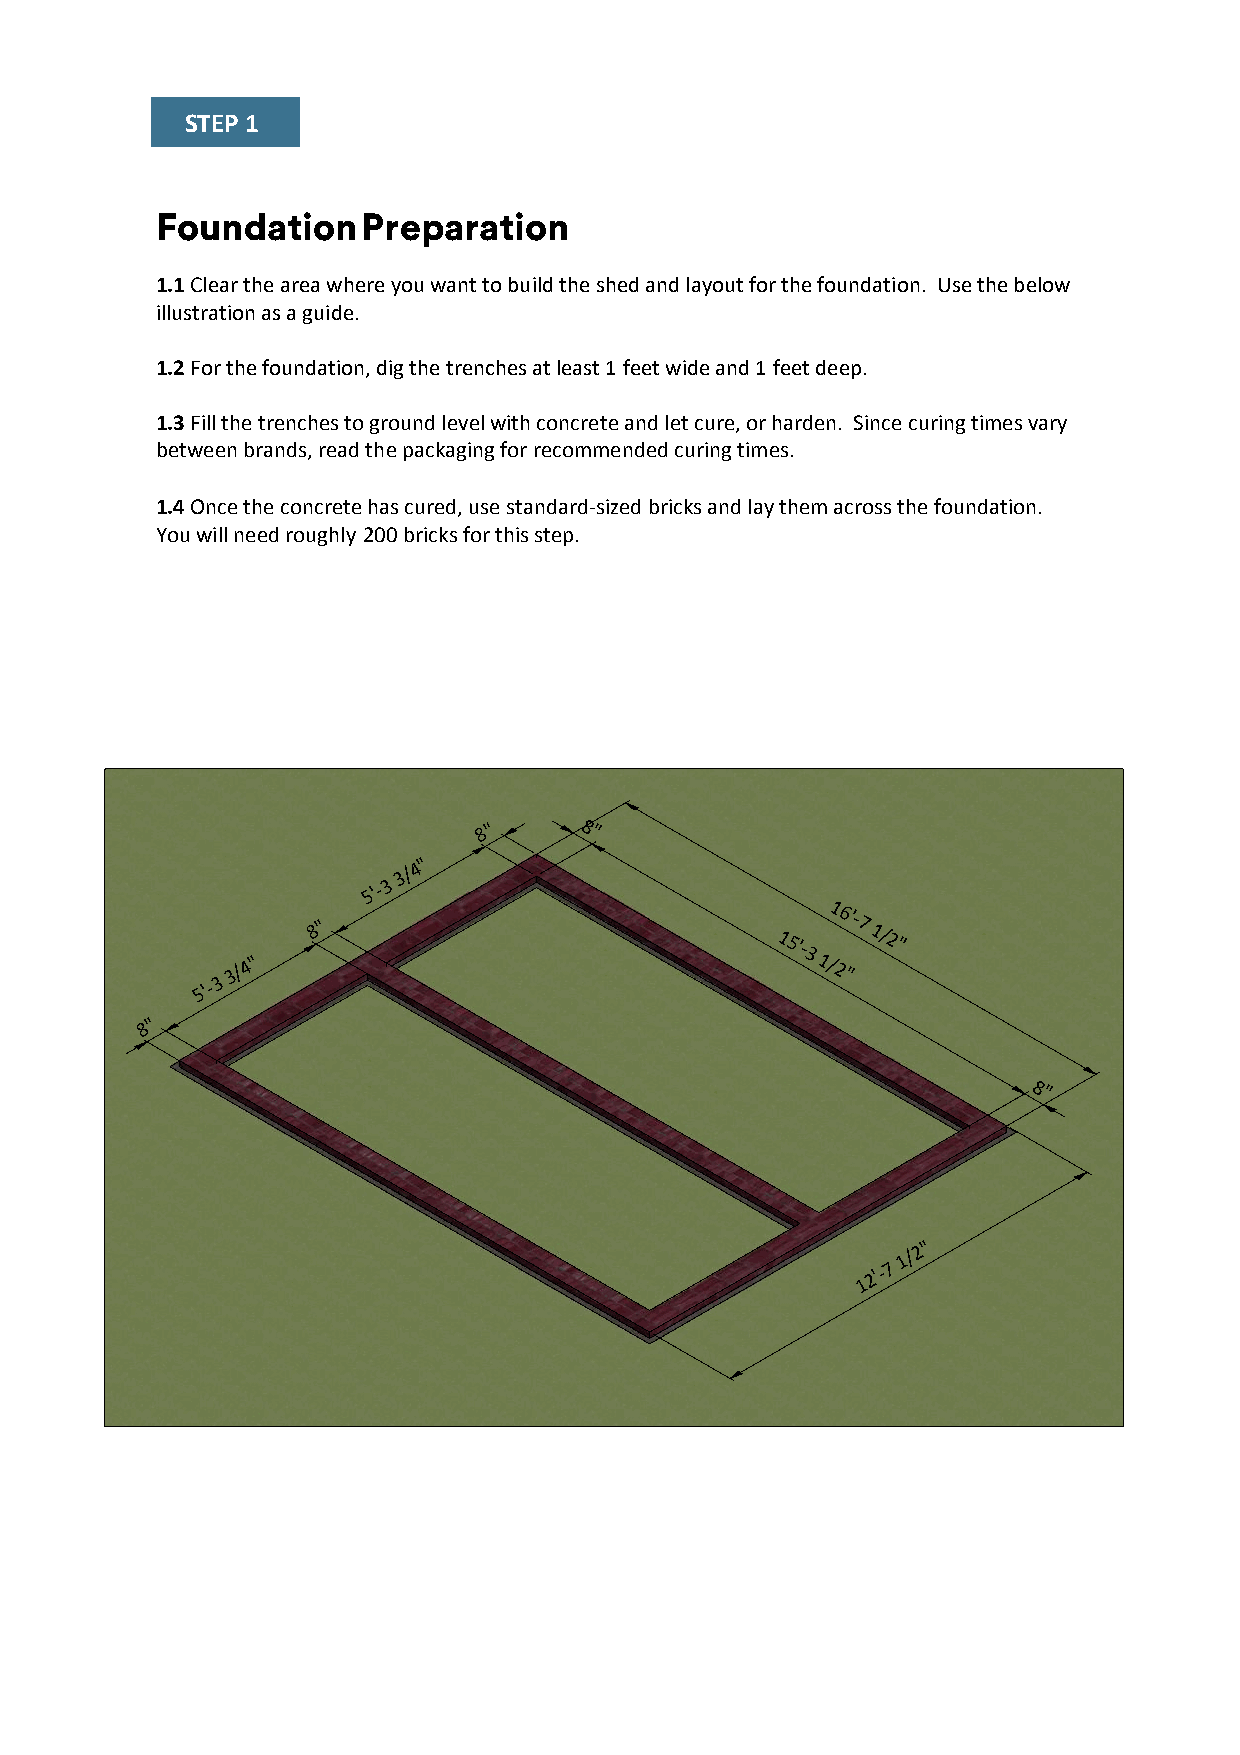
STEP 1
 Foundation    Preparation
 1.1 Clear the area where you want to build the shed and layout for the foundation. Use the below
 illustration as a guide.
 1.2 For the foundation, dig the trenches at least 1 feet wide and 1 feet deep.
 1.3 Fill the trenches to ground level with concrete and let cure, or harden. Since curing times vary
 between brands, read the packaging for recommended curing times.
 1.4 Once the concrete has cured, use standard-sized bricks and lay them across the foundation.
 You will need roughly 200 bricks for this step.
 8"    8"
 5'-3
 3/4"
 5'-3
 3/4"
 8"
 15'-3
 1/1 26 "'-7
 1/2"
 8"
 8"
 1
 2'-7
 1/2"